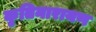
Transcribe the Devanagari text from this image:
कृतिनारायण